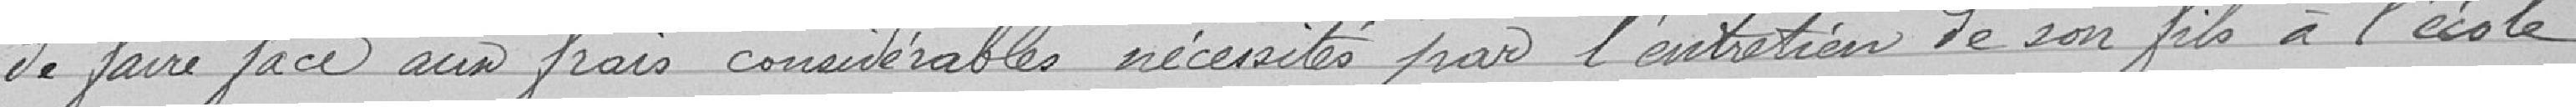
de faire face aux frais considérables nécessités par l'entretien de son fils à l'école